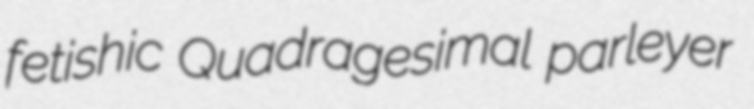
fetishic Quadragesimal parleyer